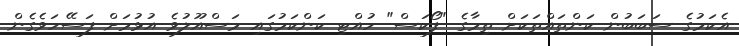
އެކަމުގެ ސަބަބުން ކަންތައްތަކަށް ތިމާގެ "ފޯކަސް" ހުއްޓި ކަންކަމުގައި މަސްއޫލުވެ އުޅުމަށް ފަސޭހަވެގެން